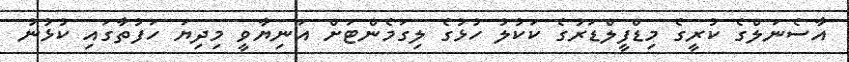
އާސެނަލްގެ ކުރީގެ މިޑްފީލްޑަރުގެ ކަކުލު ހުޅުގެ ލިގަމެންޓަށް އަނިޔާވީ މިދިޔަ ހަފުތާގައި ކުޅުނު